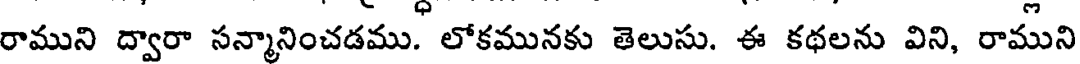
రాముని ద్వారా సన్మానించడము. లోకమునకు తెలుసు. ఈ కథలను విని, రాముని